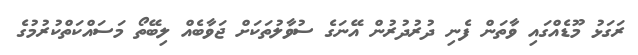
ރަގަޅު މޫޑެއްގައި ވާތަން ފެނި ދުރުދުރުން އޭނަގެ ސުވާލުތަކަށް ޖަވާބެއް ލިބޭތޯ މަސައްކަތްކުރުމުގެ